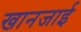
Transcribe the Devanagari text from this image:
खानजाई